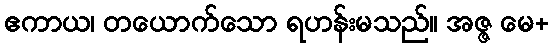
ဧကာယ၊ တယောက်သော ရဟန်းမသည်။ အဇ္ဇ မေ+